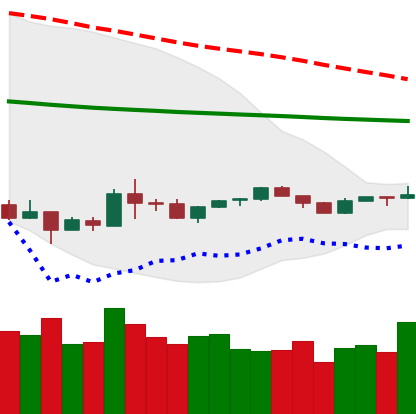
Ticker: XLM-USD
Chart end date: 2020-04-02
Forward return: 16.982%
Label: up_7plus